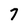
Character: 7